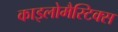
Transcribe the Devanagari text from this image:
काइलोमैस्टिक्स